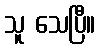
သူ သေပြီ။